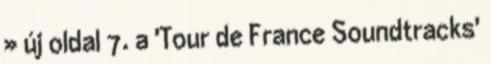
» új oldal 7. a 'Tour de France Soundtracks'